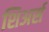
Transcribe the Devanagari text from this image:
शिअर्स